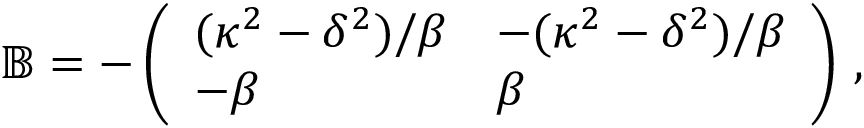
\begin{array} { r } { \mathbb { B } = - \left( \begin{array} { l l } { ( \kappa ^ { 2 } - \delta ^ { 2 } ) / \beta } & { - ( \kappa ^ { 2 } - \delta ^ { 2 } ) / \beta } \\ { - \beta } & { \beta } \end{array} \right) \, , } \end{array}